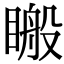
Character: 𥉟